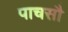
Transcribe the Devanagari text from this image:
पाचसौ